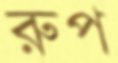
রুপ